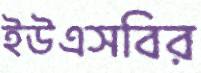
ইউএসবির